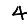
Digit: 4